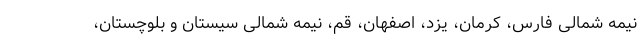
نیمه شمالی فارس، کرمان، یزد، اصفهان، قم، نیمه شمالی سیستان و بلوچستان،